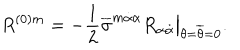
LaTeX: R ^ { ( 0 ) m } = - { \frac { 1 } { 2 } } \overline { { \sigma } } ^ { m \dot { \alpha } \alpha } R _ { \alpha \dot { \alpha } } \bigr | _ { \theta = \overline { { \theta } } = 0 } .